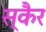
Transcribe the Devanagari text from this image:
स्कैर